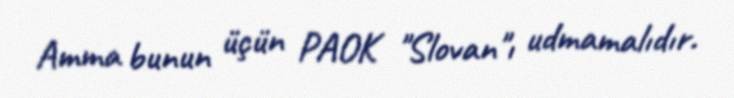
Amma bunun üçün PAOK "Slovan"ı udmamalıdır.